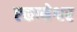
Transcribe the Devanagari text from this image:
एकाम्रेश्वर